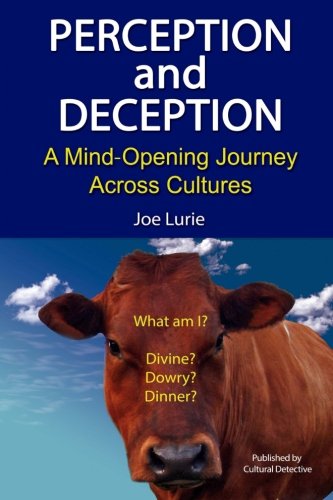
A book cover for Perception and Deception: A Mind-Opening Journey Across Cultures; Joe Lurie; Self-Help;